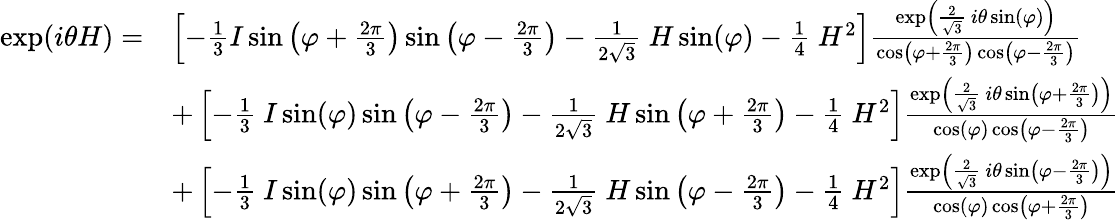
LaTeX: {\begin{array}{rl}{\exp(i\theta H)=}&{\left[-{\frac{1}{3}}I\sin\left(\varphi+{\frac{2\pi}{3}}\right)\sin\left(\varphi-{\frac{2\pi}{3}}\right)-{\frac{1}{2{\sqrt{3}}}}~H\sin(\varphi)-{\frac{1}{4}}~H^{2}\right]{\frac{\exp\left({\frac{2}{\sqrt{3}}}~i\theta\sin(\varphi)\right)}{\cos\left(\varphi+{\frac{2\pi}{3}}\right)\cos\left(\varphi-{\frac{2\pi}{3}}\right)}}}\\ &{+\left[-{\frac{1}{3}}~I\sin(\varphi)\sin\left(\varphi-{\frac{2\pi}{3}}\right)-{\frac{1}{2{\sqrt{3}}}}~H\sin\left(\varphi+{\frac{2\pi}{3}}\right)-{\frac{1}{4}}~H^{2}\right]{\frac{\exp\left({\frac{2}{\sqrt{3}}}~i\theta\sin\left(\varphi+{\frac{2\pi}{3}}\right)\right)}{\cos(\varphi)\cos\left(\varphi-{\frac{2\pi}{3}}\right)}}}\\ &{+\left[-{\frac{1}{3}}~I\sin(\varphi)\sin\left(\varphi+{\frac{2\pi}{3}}\right)-{\frac{1}{2{\sqrt{3}}}}~H\sin\left(\varphi-{\frac{2\pi}{3}}\right)-{\frac{1}{4}}~H^{2}\right]{\frac{\exp\left({\frac{2}{\sqrt{3}}}~i\theta\sin\left(\varphi-{\frac{2\pi}{3}}\right)\right)}{\cos(\varphi)\cos\left(\varphi+{\frac{2\pi}{3}}\right)}}}\end{array}}